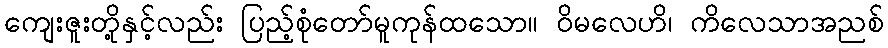
ကျေးဇူးတို့နှင့်လည်း ပြည့်စုံတော်မူကုန်ထသော။ ဝိမလေဟိ၊ ကိလေသာအညစ်